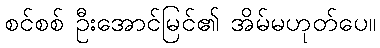
စင်စစ် ဦးအောင်မြင်၏ အိမ်မဟုတ်ပေ။